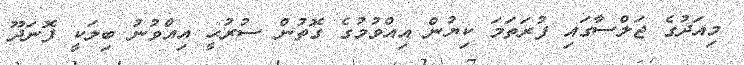
މިއަދުގެ ޖަލްސާގައި ފުރަތަމަ ކިޔުން އިއްވުމުގެ ގޮތުން ސުރުޙީ އިއްވުނު ބިލަކީ ފޮނަދޫ